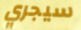
سيجري